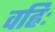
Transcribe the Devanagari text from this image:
वह्निः